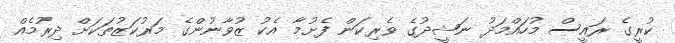
ކުރީގެ ރައީސް މުހައްމަދު ނަޝީދުގެ ވެރިކަން ފެށުމާ އެކު ޒުވާނުންގެ މަރުކަޒުތަކަށް ދިރުމެއް